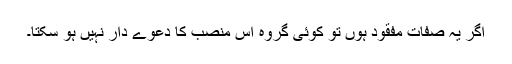
اگر یہ صفات مفقود ہوں تو کوئی گروہ اس منصب کا دعوے دار نہیں ہو سکتا۔